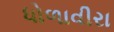
ધોળાવીરા